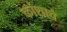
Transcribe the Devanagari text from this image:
कांशाचे